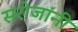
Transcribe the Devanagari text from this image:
सरोजांनी